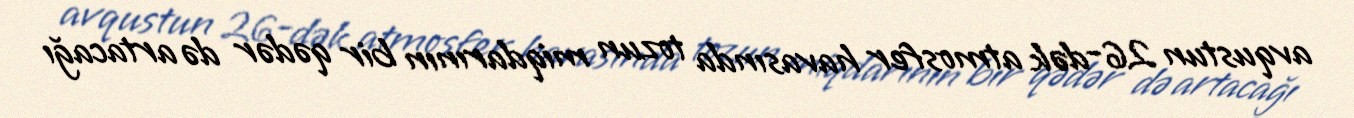
avqustun 26-dək atmosfer havasında tozun miqdarının bir qədər də artacağı